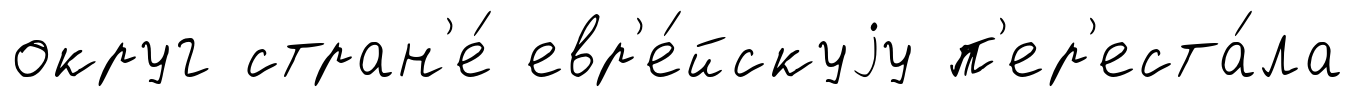
округ стран'е́ евр'е́йскуjу п'ер'еста́ла